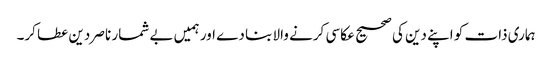
ہماری ذات کو اپنے دین کی صحیح عکاسی کرنے والا بنا دے اور ہمیں بے شمار ناصر دین عطا کر۔